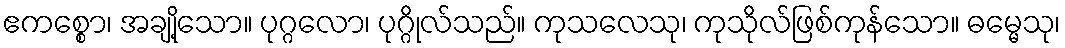
ဧကစ္စော၊ အချို့သော။ ပုဂ္ဂလော၊ ပုဂ္ဂိုလ်သည်။ ကုသလေသု၊ ကုသိုလ်ဖြစ်ကုန်သော။ ဓမ္မေသု၊